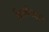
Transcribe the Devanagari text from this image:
विस्वविदाल्य्